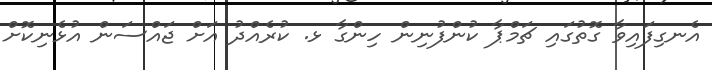
އެނގިފައިވާ ގޮތުގައި ޗަމްޕާ ކުންފުނިން ހިންގާ ޅ. ކުރެއްދު އަށް ޖައްސަން އުޅެނިކޮށް